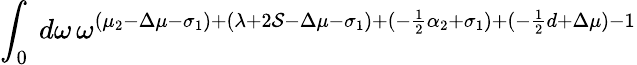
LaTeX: \int_{0}\: d\omega\, \omega^{(\mu_{2}-\Delta\mu-\sigma_{1})+(\lambda+2\mathcal{S}-\Delta\mu-\sigma_{1})+(-\frac{{1}}{{2}}\alpha_{2}+\sigma_{1})+(-\frac{{1}}{{2}}d+\Delta\mu)-1}